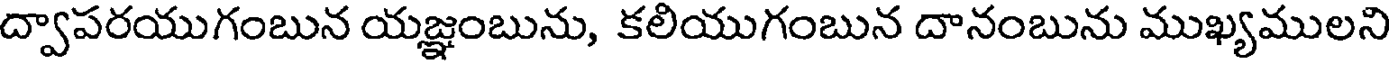
ద్వాపరయుగంబున యజ్ఞంబును, కలియుగంబున దానంబును ముఖ్యములని